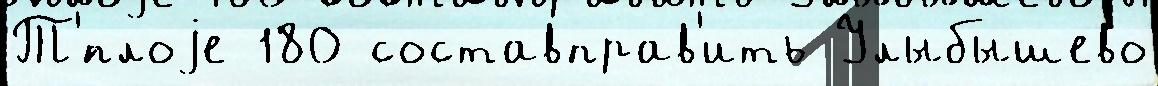
Т'́плоjе 180 составправ'ить Улыбышево